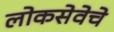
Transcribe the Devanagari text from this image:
लोकसेवेचे